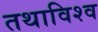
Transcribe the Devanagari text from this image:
तथाविश्व